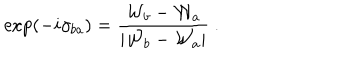
LaTeX: \exp ( - i \gamma _ { b a } ) = { \frac { { \cal W } _ { b } - { \cal W } _ { a } } { | { \cal W } _ { b } - { \cal W } _ { a } | } } ~ .